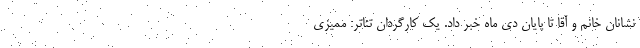
نشانان خانم و آقا تا پایان دی ماه خبر داد. یک کارگردان تئاتر: ممیزی